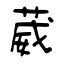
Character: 葳